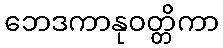
ဘေဒကာနုဝတ္တိကာ